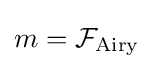
m={\mathcal {F}}_{\rm {Airy}}